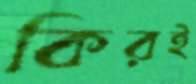
কিরই